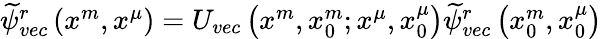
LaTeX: \begin{array}{r}{\widetilde{\psi}_{vec}^{r}\left(x^{m},x^{\mu}\right)=U_{vec}\left(x^{m},x_{0}^{m};x^{\mu},x_{0}^{\mu}\right)\widetilde{\psi}_{vec}^{r}\left(x_{0}^{m},x_{0}^{\mu}\right)}\end{array}